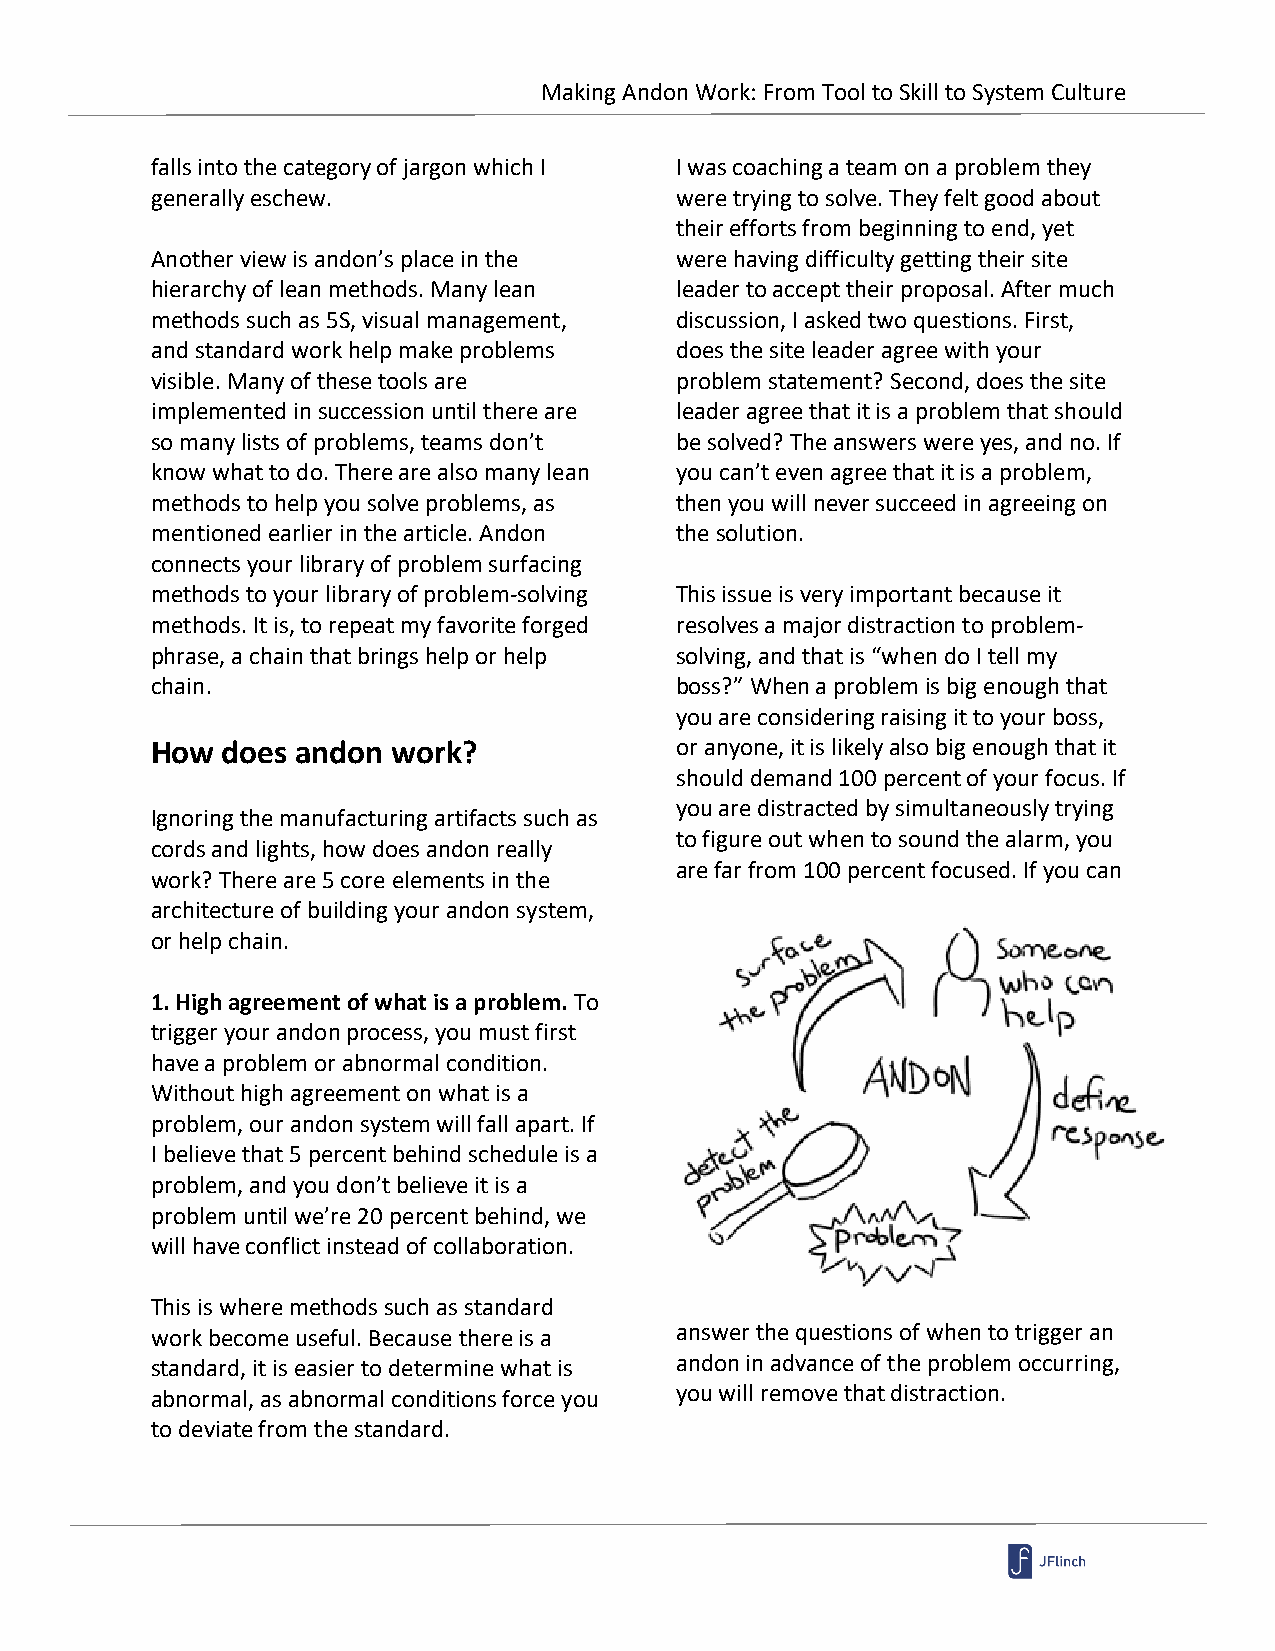
Making Andon Work: From Tool to Skill to System Culture
 falls into the category of jargon which I I was coaching a team on a problem they
 generally eschew.                  were trying to solve. They felt good about
 their efforts from beginning to end, yet
 Another view is andon’s place in the were having difficulty getting their site
 hierarchy of lean methods. Many lean leader to accept their proposal. After much
 methods such as 5S, visual management, discussion, I asked two questions. First,
 and standard work help make problems does the site leader agree with your
 visible. Many of these tools are   problem statement? Second, does the site
 implemented in succession until there are leader agree that it is a problem that should
 so many lists of problems, teams don’t be solved? The answers were yes, and no. If
 know what to do. There are also many lean you can’t even agree that it is a problem,
 methods to help you solve problems, as then you will never succeed in agreeing on
 mentioned earlier in the article. Andon the solution.
 connects your library of problem surfacing
 methods to your library of problem-solving This issue is very important because it
 methods. It is, to repeat my favorite forged resolves a major distraction to problem-
 phrase, a chain that brings help or help solving, and that is “when do I tell my
 chain.                             boss?” When a problem is big enough that
 you are considering raising it to your boss,
 How  does andon work?              or anyone, it is likely also big enough that it
 should demand 100 percent of your focus. If
 you are distracted by simultaneously trying
 Ignoring the manufacturing artifacts such as
 to figure out when to sound the alarm, you
 cords and lights, how does andon really
 are far from 100 percent focused. If you can
 work? There are 5 core elements in the
 architecture of building your andon system,
 or help chain.
 1. High agreement of what is a problem. To
 trigger your andon process, you must first
 have a problem or abnormal condition.
 Without high agreement on what is a
 problem, our andon system will fall apart. If
 I believe that 5 percent behind schedule is a
 problem, and you don’t believe it is a
 problem until we’re 20 percent behind, we
 will have conflict instead of collaboration.
 This is where methods such as standard
 work become useful. Because there is a answer the questions of when to trigger an
 standard, it is easier to determine what is andon in advance of the problem occurring,
 abnormal, as abnormal conditions force you you will remove that distraction.
 to deviate from the standard.